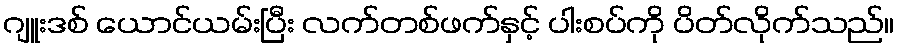
ဂျူးဒစ် ယောင်ယမ်းပြီး လက်တစ်ဖက်နှင့် ပါးစပ်ကို ပိတ်လိုက်သည်။